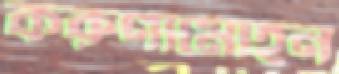
করুণামোহন